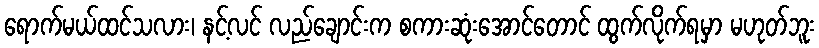
ရောက်မယ်ထင်သလား၊ နင့်လင် လည်ချောင်းက စကားဆုံးအောင်တောင် ထွက်လိုက်ရမှာ မဟုတ်ဘူး